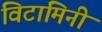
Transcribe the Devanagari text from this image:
विटामिनी